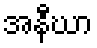
အနီဃာ